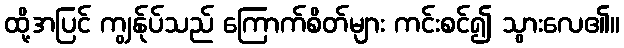
ထို့အပြင် ကျွန်ုပ်သည် ကြောက်စိတ်များ ကင်းစင်၍ သွားလေ၏။